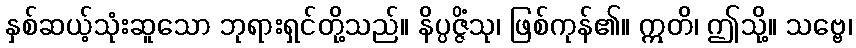
နှစ်ဆယ့်သုံးဆူသော ဘုရားရှင်တို့သည်။ နိပ္ပဇ္ဇိံသု၊ ဖြစ်ကုန်၏။ ဣတိ၊ ဤသို့။ သဗ္ဗေ၊